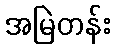
အမြဲတန်း